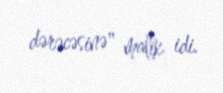
dərəcəsinə" malik idi.